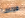
فرنسا